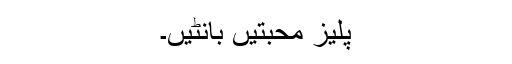
پلیز محبتیں بانٹیں۔